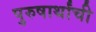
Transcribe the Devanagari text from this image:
पुरुषार्थांची